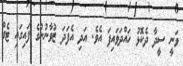
ވަނީ ސީދާ ދެކޮޅު ހައްދަވައިފަ އެވެ. އަދި އެފަދަ ޒުވާނުންގެ ފައިގައި ޓެގް